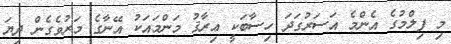
މި ފިލްމުގެ އެންމެ އަސަރުގަދަ ހިސާބަކީ ޢިރާޤު މަންމައަކު އޭނާގެ މަރުވެގެން ދިޔަ